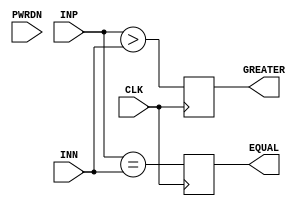
module GP_DCMP(input[7:0] INP, input[7:0] INN, input CLK, input PWRDN, output reg GREATER, output reg EQUAL);
	parameter PWRDN_SYNC = 1'b0;
	parameter CLK_EDGE = "RISING";
	parameter GREATER_OR_EQUAL = 1'b0;
	initial GREATER = 0;
	initial EQUAL = 0;
	wire clk_minv = (CLK_EDGE == "RISING") ? CLK : ~CLK;
	always @(posedge clk_minv) begin
		if(GREATER_OR_EQUAL)
			GREATER <= (INP >= INN);
		else
			GREATER <= (INP > INN);
		EQUAL <= (INP == INN);
	end
endmodule